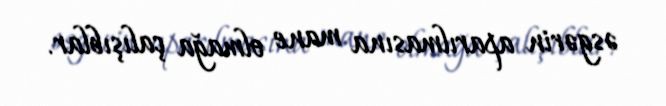
əsgərin aparılmasına mane olmağa çalışıblar.